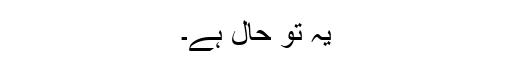
یہ تو حال ہے۔